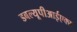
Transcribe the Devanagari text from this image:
डबल्यूपीआईएक्स